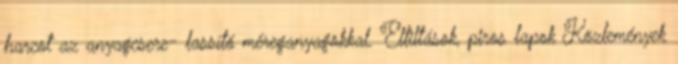
harcot az anyagcsere- lassító méreganyagokkal. Eltiltások, piros lapok Közlemények